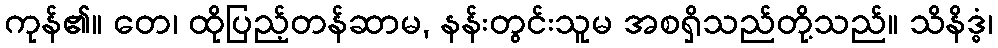
ကုန်၏။ တေ၊ ထိုပြည့်တန်ဆာမ, နန်းတွင်းသူမ အစရှိသည်တို့သည်။ သိနိဒ္ဓံ၊